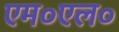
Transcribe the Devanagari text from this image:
एम०एल०